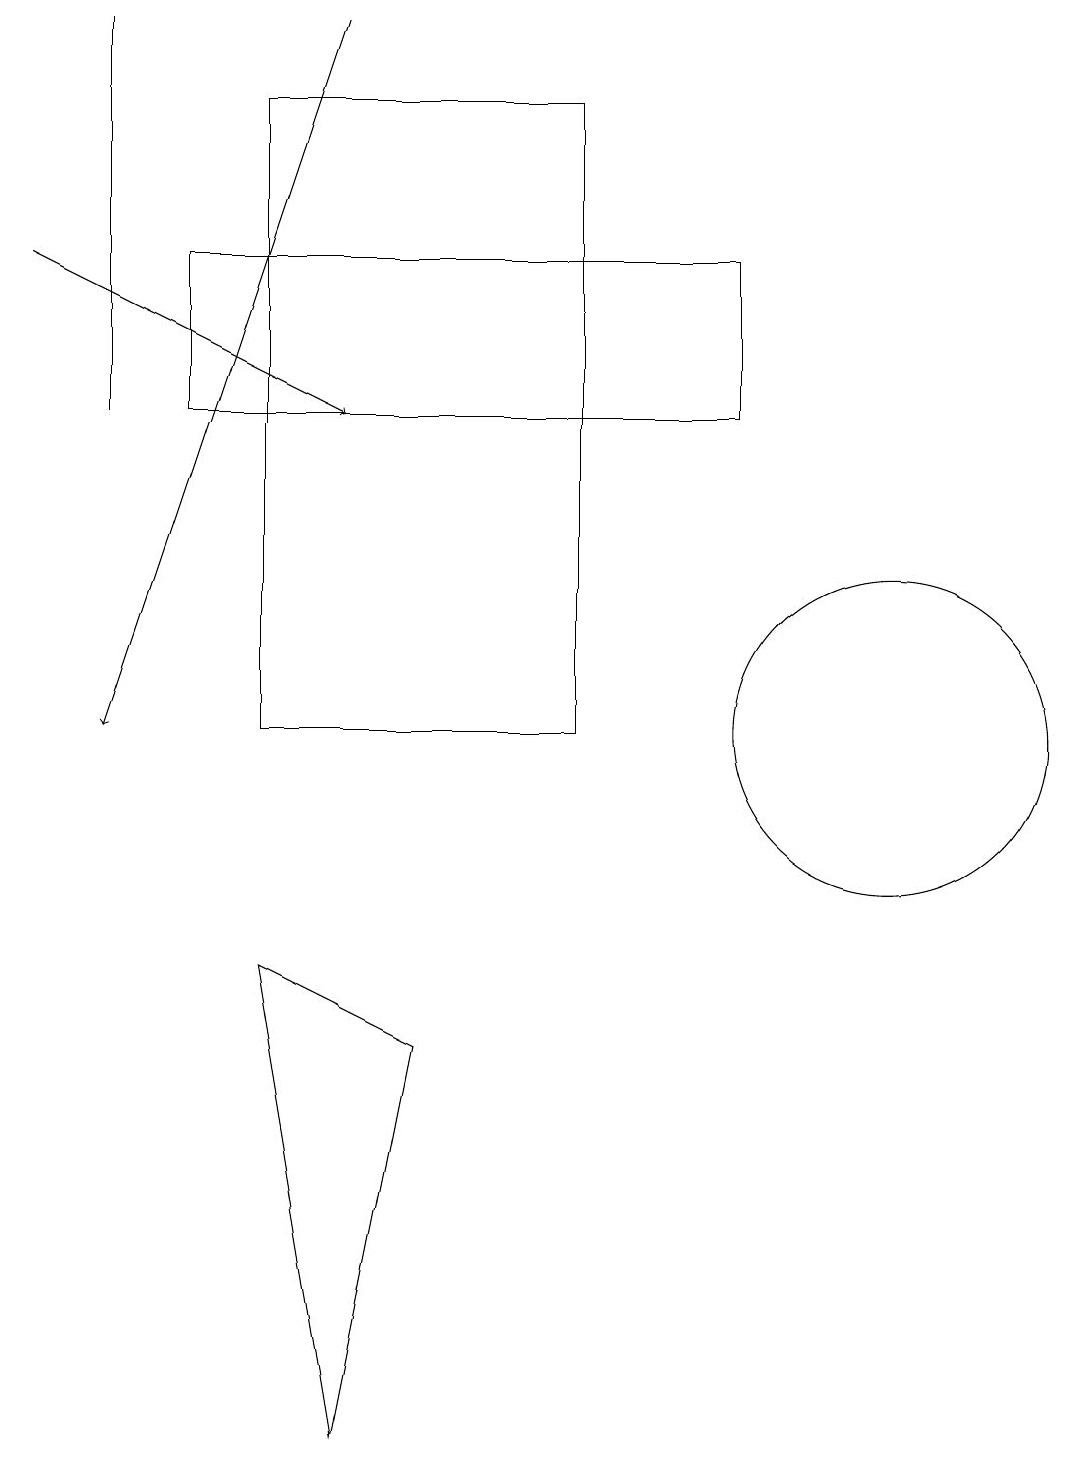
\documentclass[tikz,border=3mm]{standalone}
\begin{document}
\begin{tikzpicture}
\draw (4,1) -- (3,7) -- (5,6) -- cycle;
\draw (1,19) rectangle (1,14);
\draw (11,10) circle (2);
\draw[->] (4,19) -- (1,10);
\draw (2,14) rectangle (9,16);
\draw[->] (0,16) -- (4,14);
\draw (7,10) rectangle (3,18);
\draw (7,17) rectangle (7,11);
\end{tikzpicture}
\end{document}